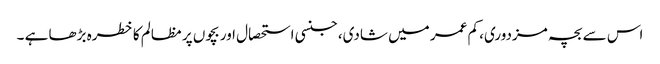
اس سے بچہ مزدوری، کم عمر میں شادی، جنسی استحصال اور بچوں پر مظالم کا خطرہ بڑھا ہے ۔